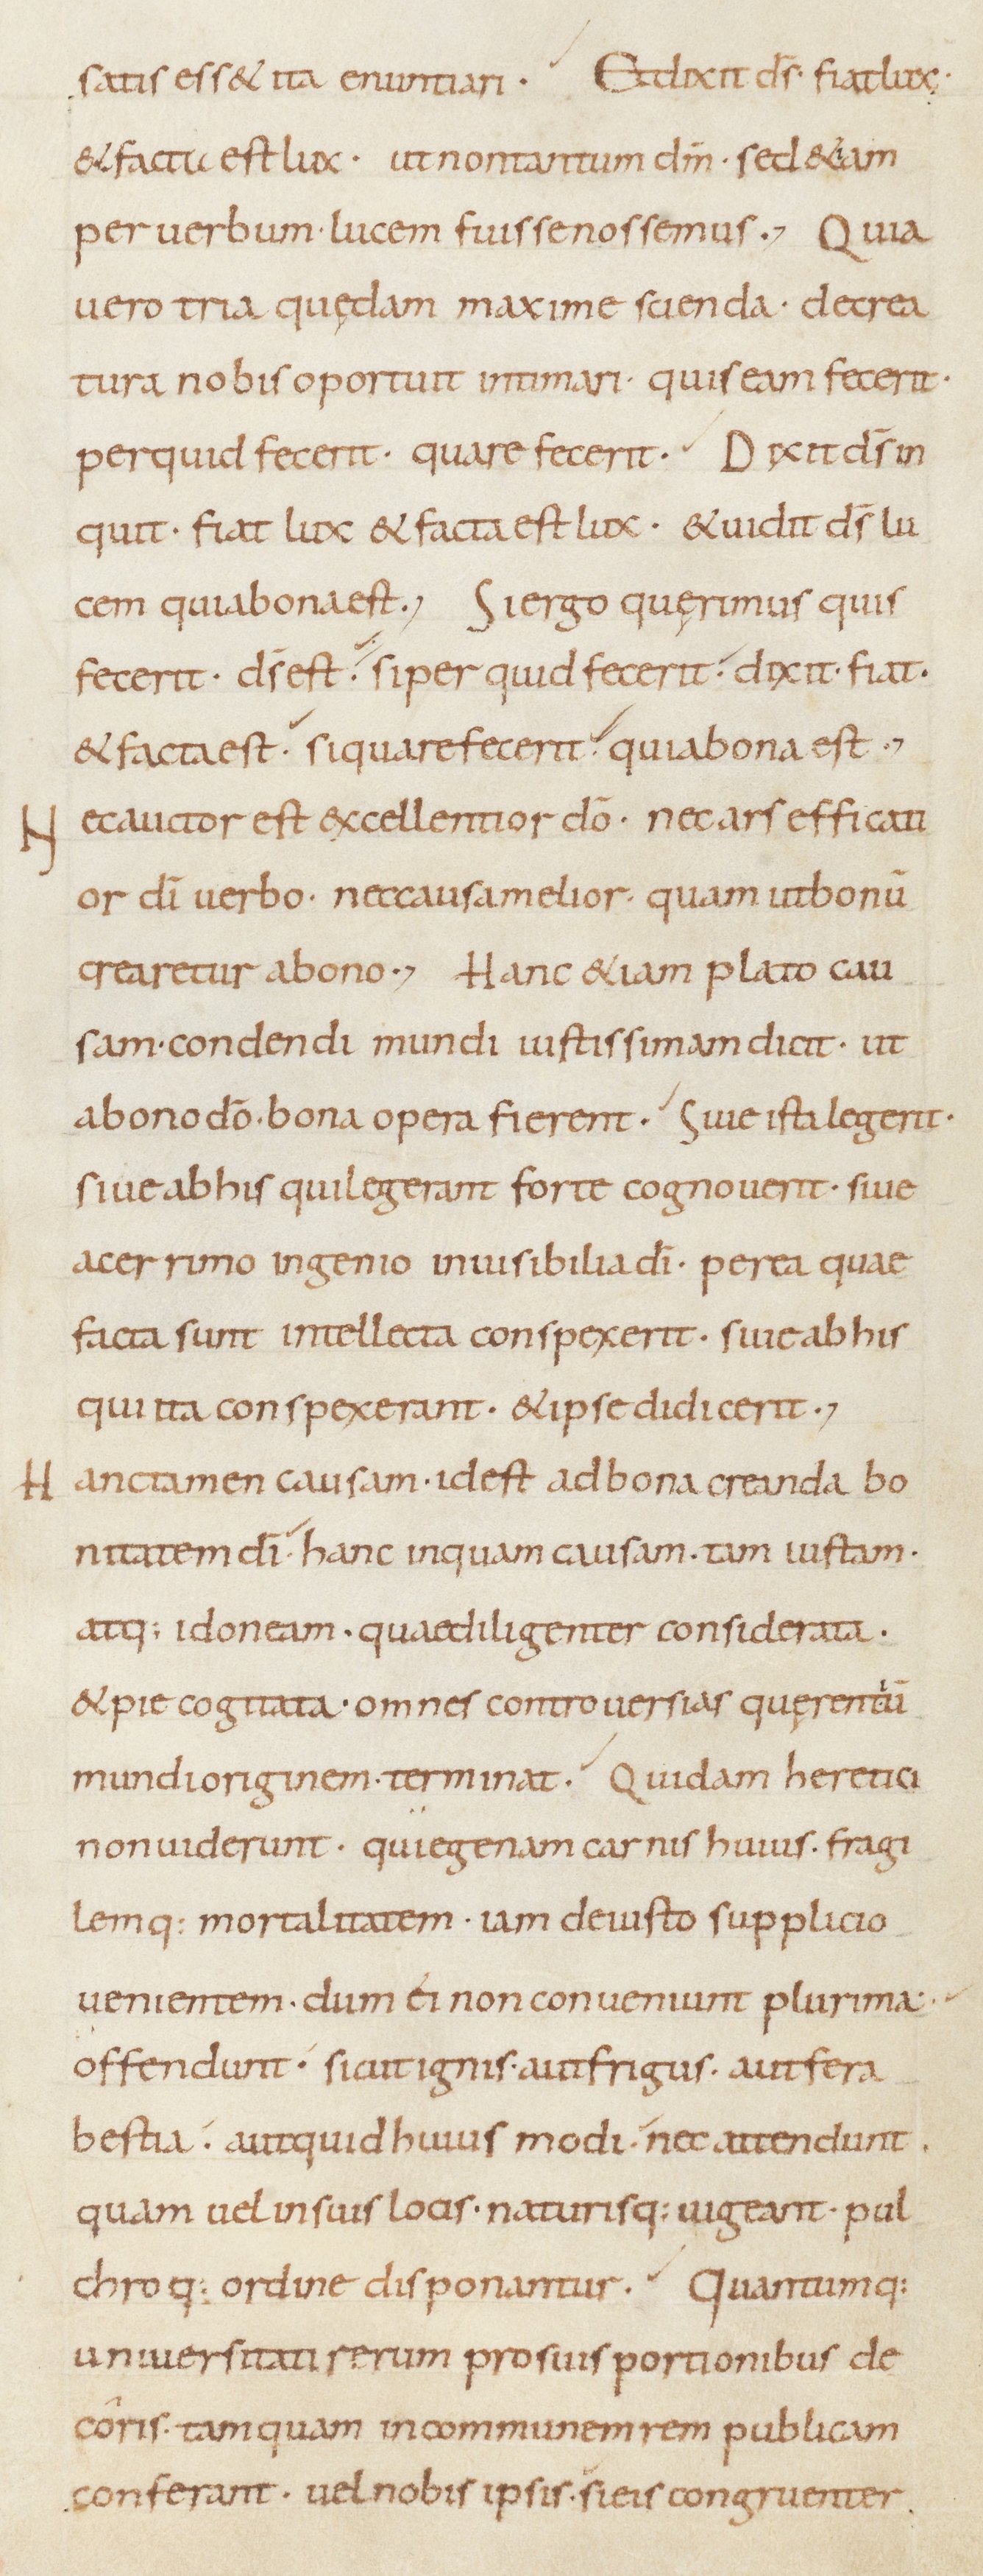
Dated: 800–899